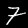
Digit: 7